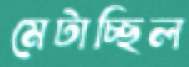
মেটাচ্ছিল